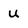
Character: u